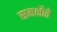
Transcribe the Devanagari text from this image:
समक्षौते